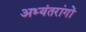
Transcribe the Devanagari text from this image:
अभ्यंतरांगों